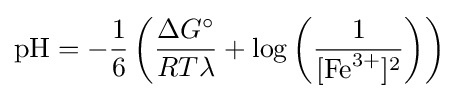
{\mathrm {pH} }=-{\frac {1}{6}}\left({\frac {\Delta G^{\circ }}{RT\lambda }}+\log \left({\frac {1}{[{\mathrm {Fe} {\vphantom {A}}^{3+}}]^{2}}}\right)\right)